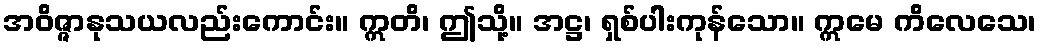
အဝိဇ္ဇာနုသယလည်းကောင်း။ ဣတိ၊ ဤသို့။ အဋ္ဌ၊ ရှစ်ပါးကုန်သော။ ဣမေ ကိလေသေ၊